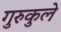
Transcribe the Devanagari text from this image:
गुरुकुले